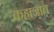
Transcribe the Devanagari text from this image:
कहाजात